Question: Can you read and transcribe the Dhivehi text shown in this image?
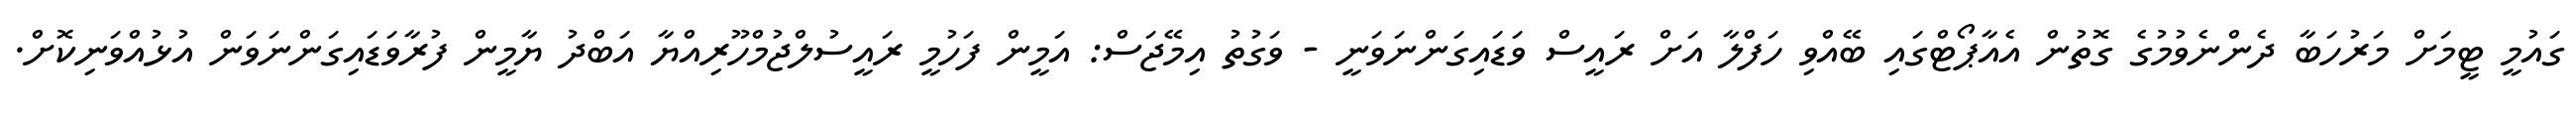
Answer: ގައުމީ ޓީމަށް މަރުހަބާ ދެންނެވުމުގެ ގޮތުން އެއާޕޯޓްގައި ބޭއްވި ހަފްލާ އަށް ރައީސް ވަޑައިގަންނަވަނީ - ވަގުތު އިމޭޖަސް: އަމީން ފަހުމީ ރައީސުލްޖުމްހޫރިއްޔާ އަބްދު ޔާމީން ފުރާވަޑައިގަންނަވަން އުޅުއްވަނިކޮށް.